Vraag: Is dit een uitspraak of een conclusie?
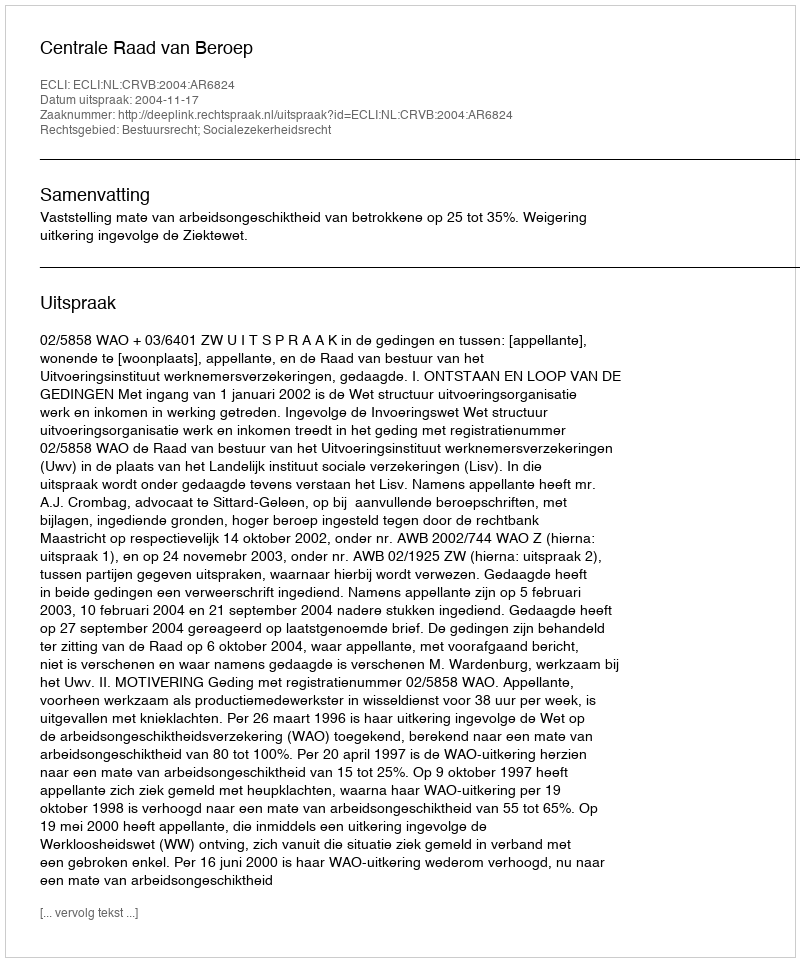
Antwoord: Uitspraak